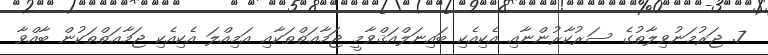
7. ޖަރުމަނުވިލާތުގެ ސަރުކާރުންނާއި އެކިއެކި ބައިނަލްއަޤްވާމީ ޖަމާޢަތްތަކާއި އަމިއްލަ އެކިއެކި ޖަމާޢަތްތަކުން ބާއްވާ